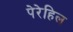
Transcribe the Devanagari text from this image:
पेरेहिल